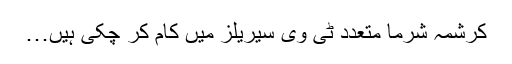
کرشمہ شرما متعدد ٹی وی سیریلز میں کام کر چکی ہیں…